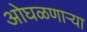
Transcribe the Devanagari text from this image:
ओघळणाऱ्या